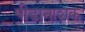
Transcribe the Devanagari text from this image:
पीडानाशक